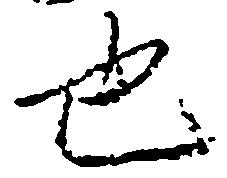
也